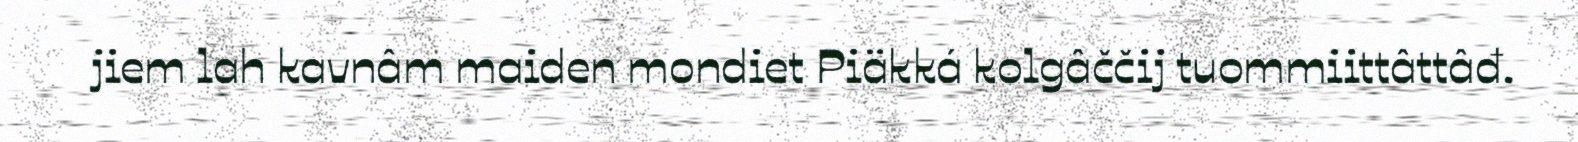
jiem lah kavnâm maiden mondiet Piäkká kolgâččij tuommiittâttâđ.